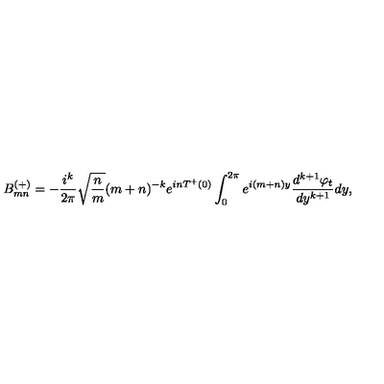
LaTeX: B _ { m n } ^ { ( + ) } = - { \frac { i ^ { k } } { 2 \pi } } \sqrt { { \frac { n } { m } } } ( m + n ) ^ { - k } e ^ { i n T ^ { + } ( 0 ) } \int _ { 0 } ^ { 2 \pi } e ^ { i ( m + n ) y } { \frac { d ^ { k + 1 } \varphi _ { t } } { d y ^ { k + 1 } } } d y ,